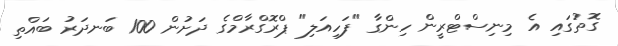
ގޮތުގައި އެ މިނިސްޓްރީން ހިންގާ "ފަހިއަލި" ޕްރޮގްރާމްގެ ދަށުން 100 ބަނދަރު ބައްތި